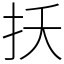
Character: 扷